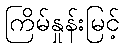
ကြိမ်နှုန်းမြင့်